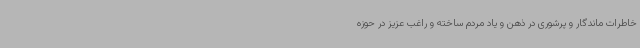
خاطرات ماندگار و پرشوری در ذهن و یاد مردم ساخته و راغب عزیز در حوزه